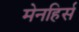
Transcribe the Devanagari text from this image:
मेनहिर्स